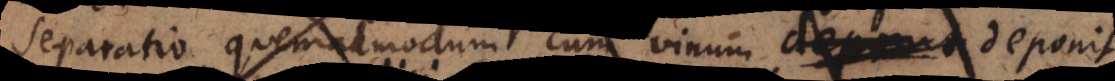
separatio, quemadmodum cum vinum deponit